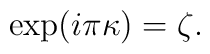
\exp (i\pi \kappa) = \zeta.